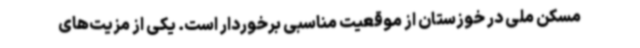
مسکن ملی در خوزستان از موقعیت مناسبی برخوردار است. یکی از مزیت‌های